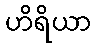
ဟိရိယာ